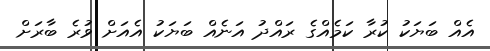
އެއް ބަޔަކު ކުރާ ކަމެއްގެ ރައްދު އަނެއް ބަޔަކު އެއަށް ވުރެ ބާރަށް